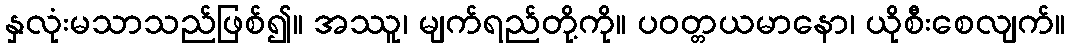
နှလုံးမသာသည်ဖြစ်၍။ အဿူ၊ မျက်ရည်တို့ကို။ ပဝတ္တယမာနော၊ ယိုစီးစေလျက်။